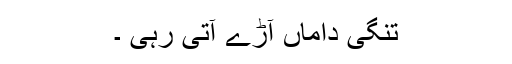
تنگی داماں آڑے آتی رہی ۔